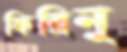
ফিরিনু